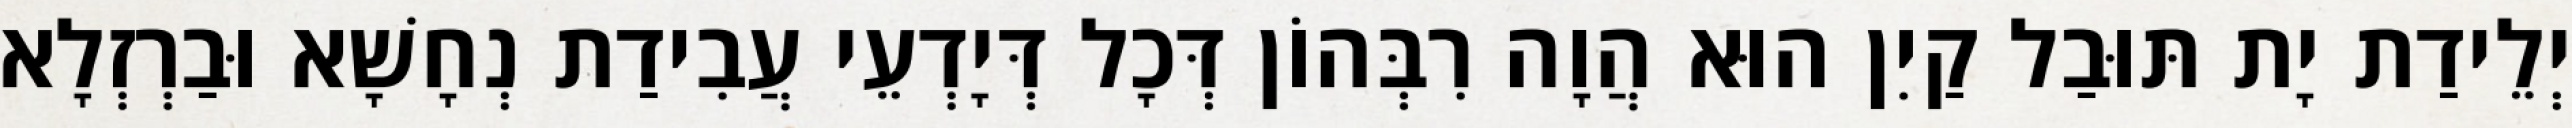
יְלֵידַת יָת תּוּבַל קַיִן הוּא הֲוָה רִבְּהוֹן דְּכָל דְּיָדְעֵי עֲבִידַת נְחָשָׁא וּבַרְזְלָא